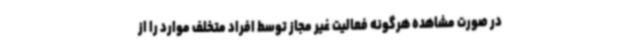
در صورت مشاهده هرگونه فعالیت غیر مجاز توسط افراد متخلف موارد را از